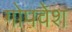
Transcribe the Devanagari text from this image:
गोपवेश